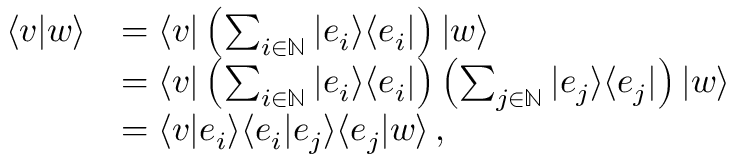
{ \begin{array} { r l } { \langle v | w \rangle } & { = \langle v | \left( \sum _ { i \in \mathbb { N } } | e _ { i } \rangle \langle e _ { i } | \right) | w \rangle } \\ & { = \langle v | \left( \sum _ { i \in \mathbb { N } } | e _ { i } \rangle \langle e _ { i } | \right) \left( \sum _ { j \in \mathbb { N } } | e _ { j } \rangle \langle e _ { j } | \right) | w \rangle } \\ & { = \langle v | e _ { i } \rangle \langle e _ { i } | e _ { j } \rangle \langle e _ { j } | w \rangle \, , } \end{array} }